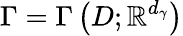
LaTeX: \Gamma=\Gamma\left(D;\mathbb{R}^{d_{\gamma}}\right)